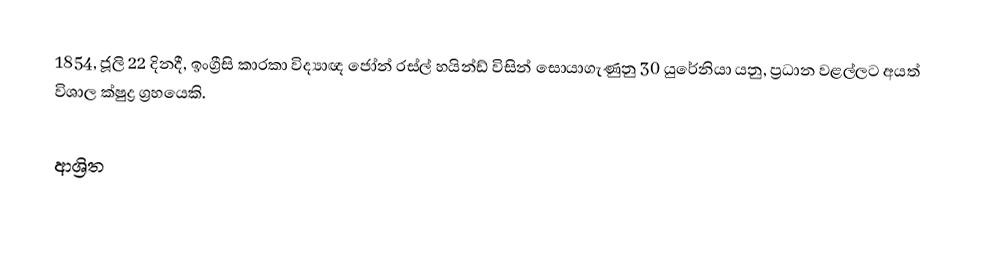
1854, ජූලි 22 දිනදී, ඉංග්‍රීසි කාරකා විද්‍යාඥ ජෝන් රස්ල් හයින්ඩ් විසින් සොයාගැණුනු 30 යුරේනියා යනු,  ප්‍රධාන වළල්ලට අයත් විශාල ක්ෂුද්‍ර ග්‍රහයෙකි.

ආශ්‍රිත